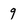
Character: 9